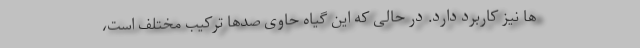
ها نیز کاربرد دارد. در حالی که این گیاه حاوی صدها ترکیب مختلف است،